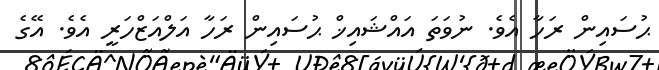
ޙުސައިން ރަހާ އެވެ. ނުވަތަ އައްޝައިޚް ޙުސައިން ރަހާ އަލްއަޒްހަރީ އެވެ. އޭގެ